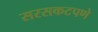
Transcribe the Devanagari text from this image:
सरसकटपणे